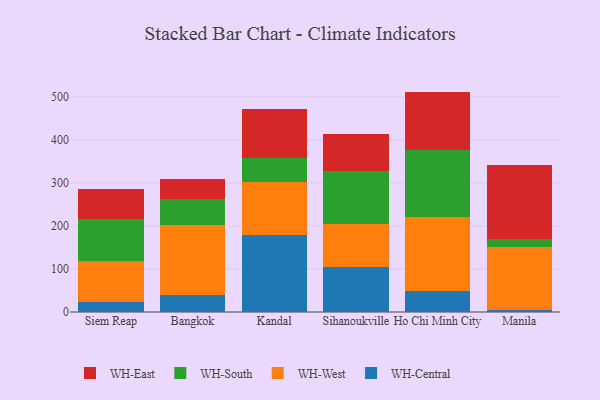
{"axis": {"x": "City", "y": "Active Users"}, "legend": ["WH-Central", "WH-East", "WH-South", "WH-West"], "data": [{"x": "Siem Reap", "y": 23.6, "type": "WH-Central"}, {"x": "Siem Reap", "y": 95.1, "type": "WH-West"}, {"x": "Siem Reap", "y": 98.3, "type": "WH-South"}, {"x": "Siem Reap", "y": 69.7, "type": "WH-East"}, {"x": "Bangkok", "y": 38.7, "type": "WH-Central"}, {"x": "Bangkok", "y": 162.6, "type": "WH-West"}, {"x": "Bangkok", "y": 61.1, "type": "WH-South"}, {"x": "Bangkok", "y": 47.6, "type": "WH-East"}, {"x": "Kandal", "y": 178.0, "type": "WH-Central"}, {"x": "Kandal", "y": 123.0, "type": "WH-West"}, {"x": "Kandal", "y": 57.4, "type": "WH-South"}, {"x": "Kandal", "y": 114.2, "type": "WH-East"}, {"x": "Sihanoukville", "y": 105.4, "type": "WH-Central"}, {"x": "Sihanoukville", "y": 99.3, "type": "WH-West"}, {"x": "Sihanoukville", "y": 123.0, "type": "WH-South"}, {"x": "Sihanoukville", "y": 86.5, "type": "WH-East"}, {"x": "Ho Chi Minh City", "y": 49.2, "type": "WH-Central"}, {"x": "Ho Chi Minh City", "y": 172.1, "type": "WH-West"}, {"x": "Ho Chi Minh City", "y": 155.1, "type": "WH-South"}, {"x": "Ho Chi Minh City", "y": 135.8, "type": "WH-East"}, {"x": "Manila", "y": 5.7, "type": "WH-Central"}, {"x": "Manila", "y": 144.5, "type": "WH-West"}, {"x": "Manila", "y": 19.2, "type": "WH-South"}, {"x": "Manila", "y": 171.5, "type": "WH-East"}]}